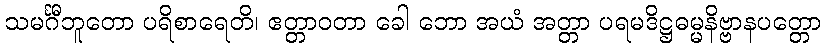
သမင်္ဂီဘူတော ပရိစာရေတိ၊ ဧတ္တာဝတာ ခေါ ဘော အယံ အတ္တာ ပရမဒိဋ္ဌဓမ္မနိဗ္ဗာနပတ္တော